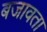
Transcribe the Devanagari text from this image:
बजावता